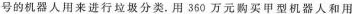
号的机器人用来进行垃圾分类。用360万元购买甲型机器人和用